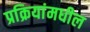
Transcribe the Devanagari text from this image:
प्रक्रियांमधील